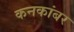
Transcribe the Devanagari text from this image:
कनकांबर